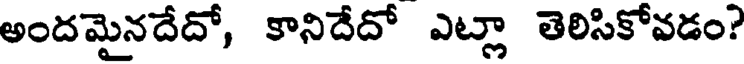
అందమైనదేదో, కానిదేదో ఎట్లా తెలిసికోవడం?